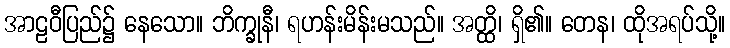
အာဠဝီပြည်၌ နေသော။ ဘိက္ခုနီ၊ ရဟန်းမိန်းမသည်။ အတ္ထိ၊ ရှိ၏။ တေန၊ ထိုအရပ်သို့။